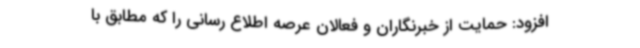
افزود: حمایت از خبرنگاران و فعالان عرصه اطلاع رسانی را که مطابق با